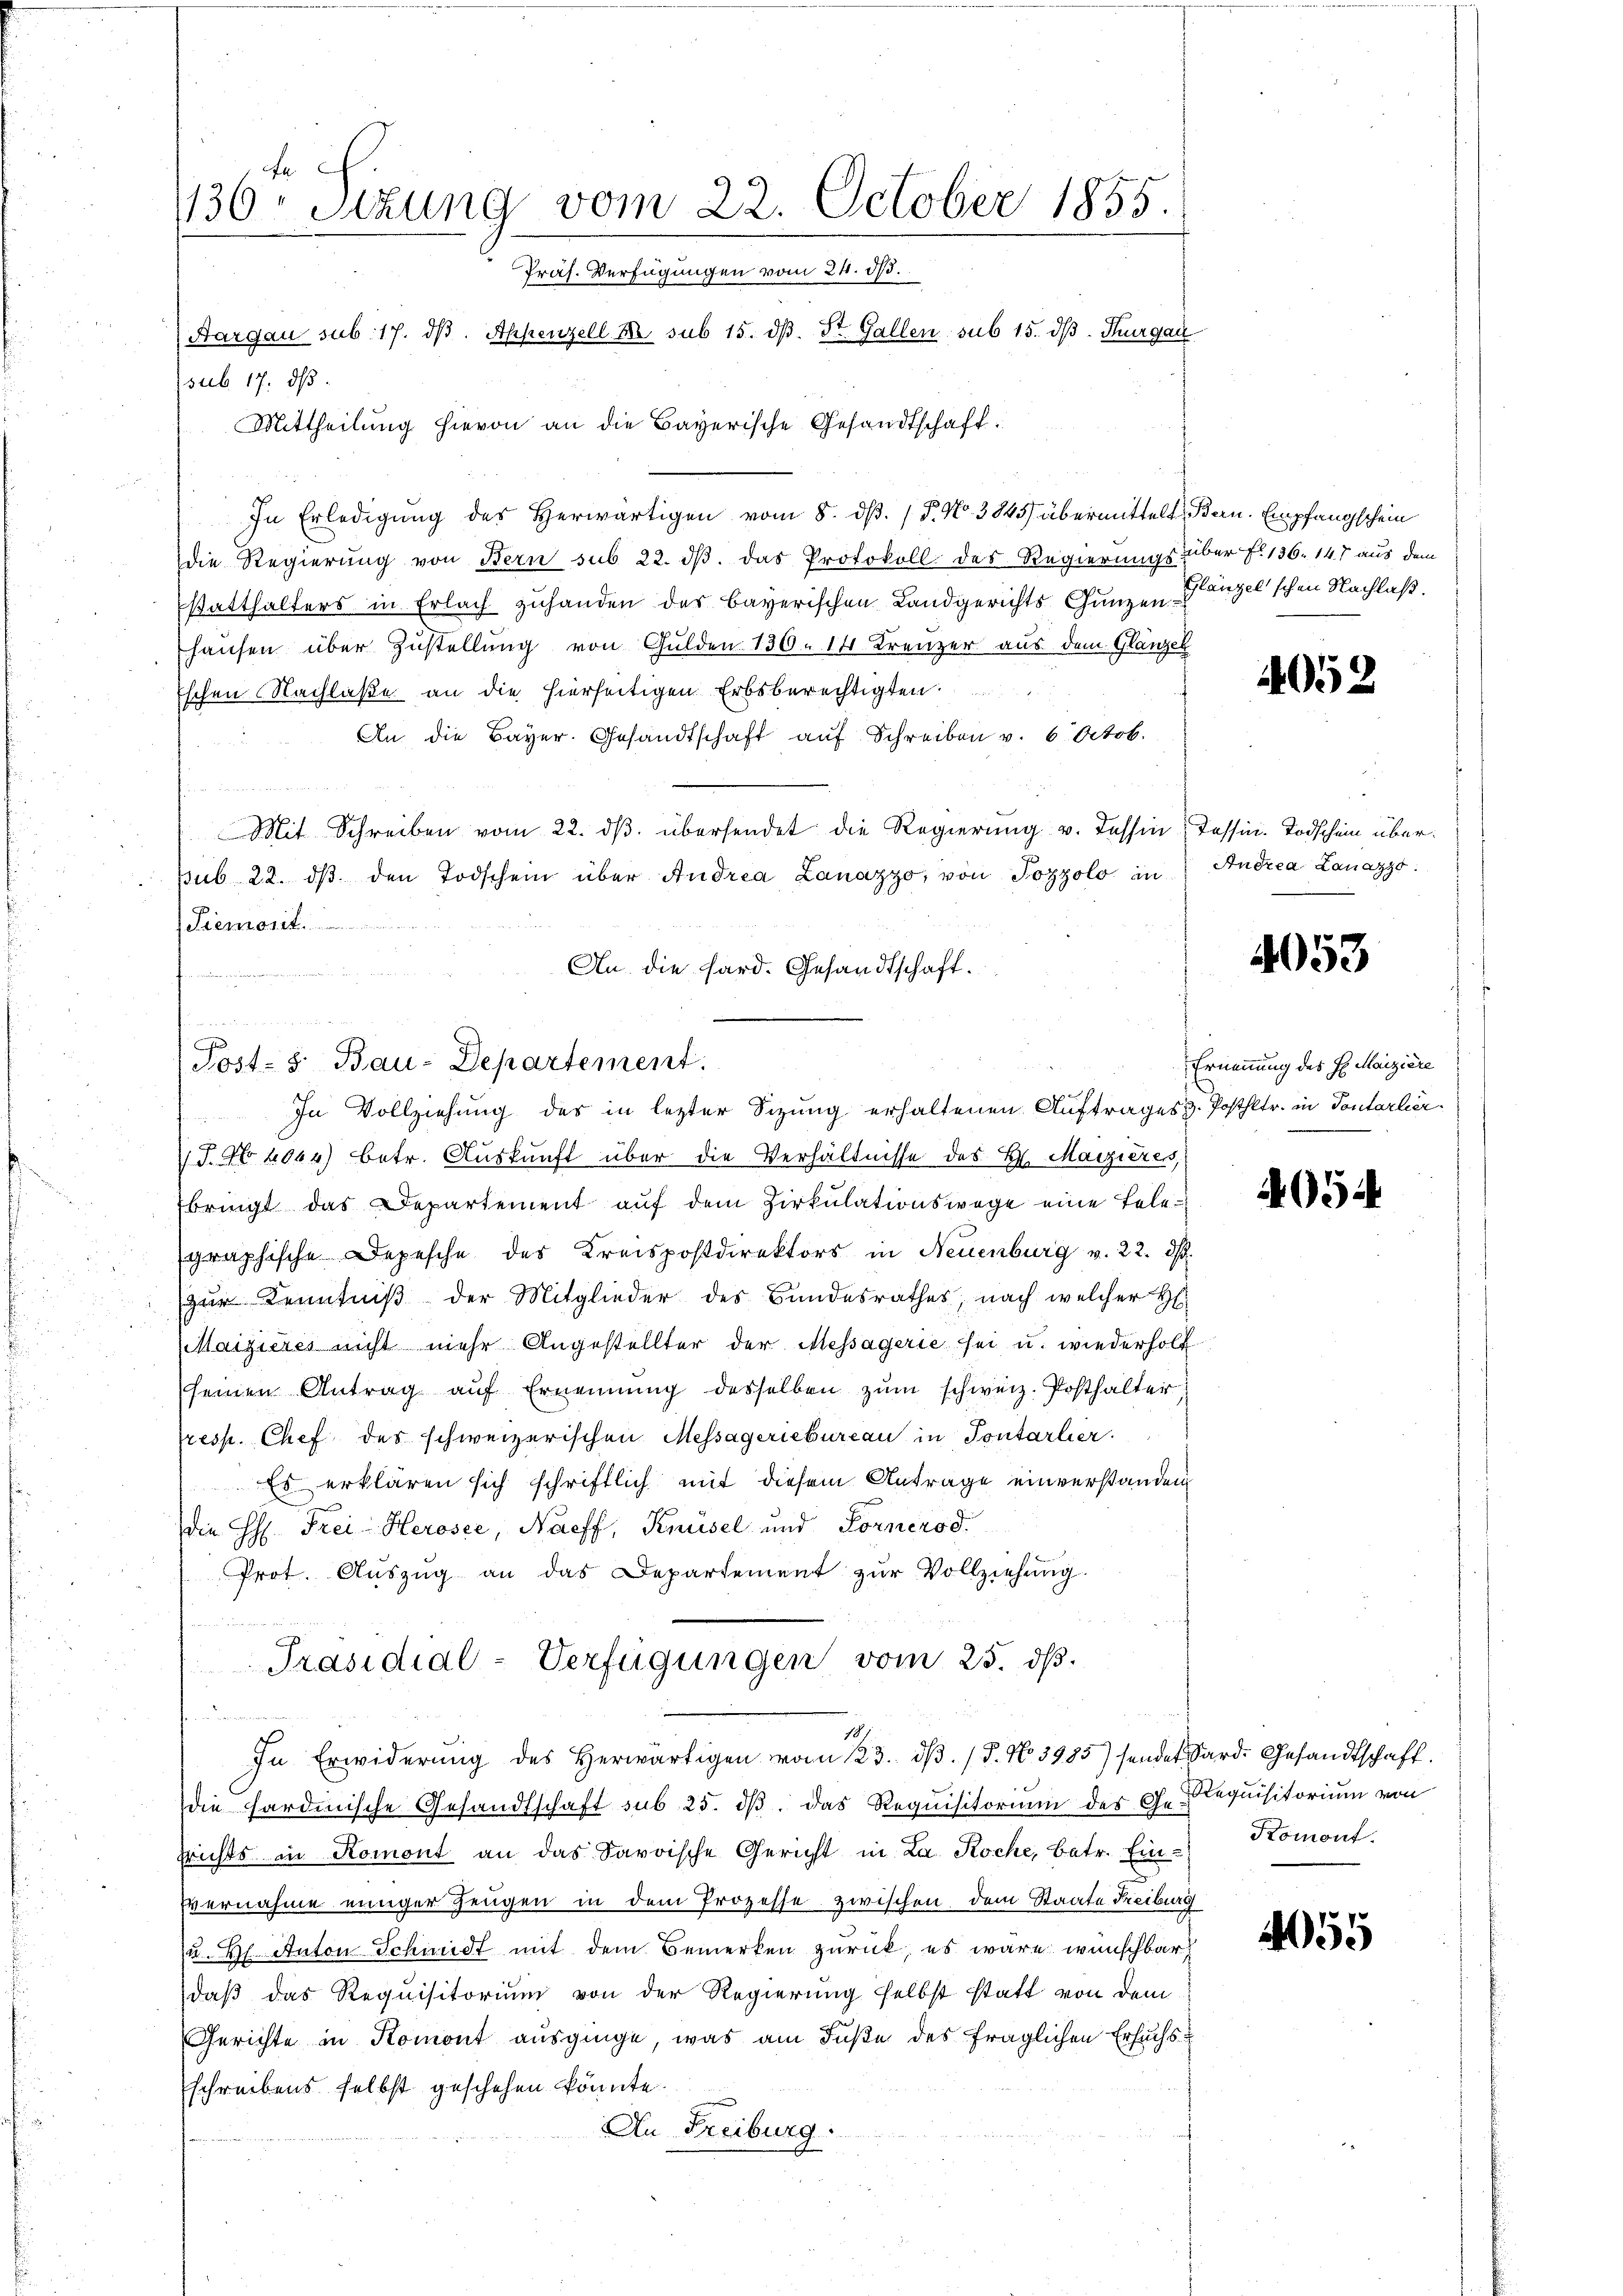
In Erledigung des Herwärtigen vom 8. dß. / P. No. 3845) übermittelt Bern. Empfangschein
die Regierung von Bern sub 22. dβ das Protokoll des Regierungs über No. 136. 147 aus dem
statthalters in Erlach zuhanden der bayerischen Landgerichts Ganzen Ganzel’schen Nachlaß.
hausen über Zustellung von Gulden 130. 14. Kreuzer aus dem Glänzen
Eschen Nachlaße an die hierseitigen Erbsberechtigten.
An die Bayer. Gesandtschaft auf Schreiben v. 6. Octob.
Mit Schreiben vom 22. ds. übersendet die Regierung v. Tessin, Tessin. Todschein übersub 22. dβ den Todschein über Andrea Lanazzo, von Pozzolo in Andrea Lanazzo
Piemont.
An die Hard. Gesandtschaft.
u

1130 Stzung vom 22. October 1855.
Präs. Verfügungen vom 24. d.
Aargau sub. 17. dβ. Appenzell. N. sub 15. dβ. St. Gallen sub 15. dß. Thurgau
(sub. 17. ds.
Mittheilŭng hievon an die Bayerische Gesandtschaft:

Post- 5. Bau-Departement.
In Vollziehung des in letzter Sitzung erhaltenen Auftrages d. Posthltr. in Pontarlier

J.N 4044) betr. Auskunft über die Verhältnisse des H. Marzières,
fbringt das Departement auf dem Zirkulationswege eine Telegraphische Depesche des Kreispostdirektors in Neuenburg v. 22. ds.
zŭr Kenntniβ der Mitglieder des Bandesrathes, nach welcher H:
Maizieres nicht mehr Angestellter der Messagerie sei u. wiederholt
seinen Antrag auf Ernennung desselben zum schweiz. Posthalter
presp. Chef des schweizerischen Messageriebureau in Pontarlier
Es erklären sich schriftlich mit diesem Antrage einverstanden
die H. Frei Herosee, Naeff, Knüsel und Fornerod.
Prot. Aŭszŭg an das Departement zŭr Vollziehŭng.
u
Präsidial-Verfügungen vom 25. dß.
111
18
In Erwiderŭng des herwärtigen von 23. dβ. / 5. No. 3985) sendet Sard. Gesandtschaft.
die hardinische Gesandtschaft sub 25. dβ das Requisitorium des Ge-
srichts in Romont an das Savoische Gericht in La Roche, betr. Ein¬
Evernahme einiger Zeugen in dem Prozesse zwischen dem Staate Freiburg
u. H. Anton Schmidt mit dem Bemerken zurück, es wäre wünschbar
daß das Requisitorium von der Regierung selbst statt von dem
Gerichte in Komont ausginge, was am Fuße des fraglichen Ersuchsschreibens selbst geschehen könnte.
An Freiburg.

4052

4053

Ernennung des H. Maiziere

405

Requisitorium von
Komont.

5